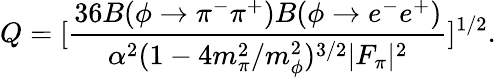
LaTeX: Q=[\frac{36B(\phi\rightarrow\pi^{-}\pi^{+})B(\phi\rightarrow e^{-}e^{+})}{\alpha^{2}(1-4m_{\pi}^{2}/m_{\phi}^{2})^{3/2}|F_{\pi}|^{2}}]^{1/2}.